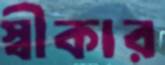
স্বীকার